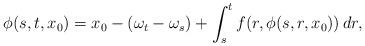
LaTeX: \begin{align*} \phi(s,t,x_0) = x_0 - (\omega_t - \omega_s) + \int_s^t f(r,\phi(s,r,x_0))\,dr, \end{align*}